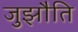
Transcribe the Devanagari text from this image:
जुझौति